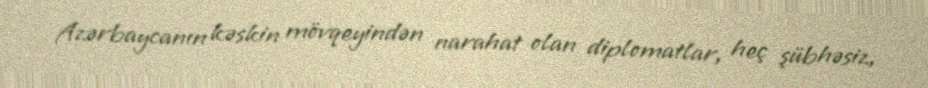
Azərbaycanın kəskin mövqeyindən narahat olan diplomatlar, heç şübhəsiz,